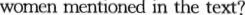
women mentioned in the text?